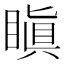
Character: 瞋